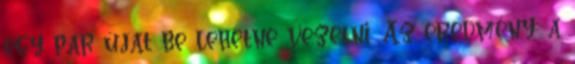
egy pár újat be lehetne vezetni. Az eredmény: a